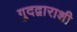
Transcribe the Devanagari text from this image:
गुदद्वाराशी